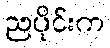
ညပိုင်းက